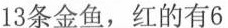
13条金鱼，红的有6